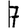
Digit: 7